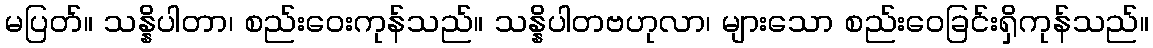
မပြတ်။ သန္နိပါတာ၊ စည်းဝေးကုန်သည်။ သန္နိပါတဗဟုလာ၊ များသော စည်းဝေခြင်းရှိကုန်သည်။